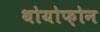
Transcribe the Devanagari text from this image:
थोयोफ़ोन